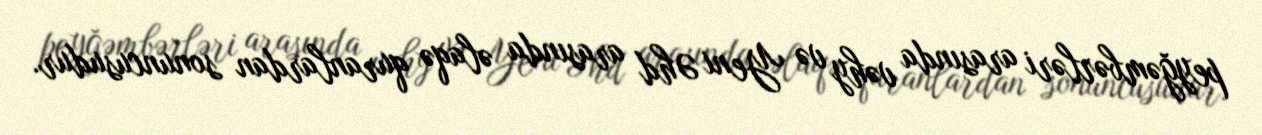
peyğəmbərləri arasında vəhy və Yeni Əhd arasında əlaqə quranlardan sonuncusudur.